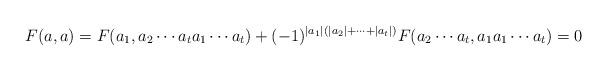
LaTeX: \begin{align*}F(a, a)=F(a_1, a_2\cdots a_ta_1\cdots a_t)+(-1)^{|a_1|(|a_2|+\cdots+|a_t|)}F(a_2\cdots a_t, a_1a_1\cdots a_t)=0\end{align*}